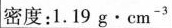
密度：1.19g·cm^{-3}